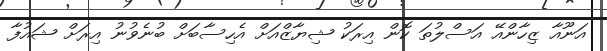
އަނޫއާ ޒިހާންއޭ އަސްލުތަ ކޮން އިރަކު ޝިޔާޒްއަށް އެހިސާބަށް ބުނެވުނު އިރަށް ޝައުފާ